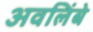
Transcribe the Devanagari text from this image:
अवलिंबे